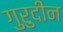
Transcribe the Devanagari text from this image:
गुरुदीन